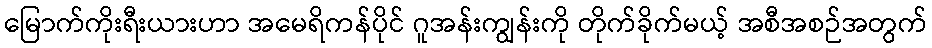
မြောက်ကိုးရီးယားဟာ အမေရိကန်ပိုင် ဂူအန်းကျွန်းကို တိုက်ခိုက်မယ့် အစီအစဉ်အတွက်